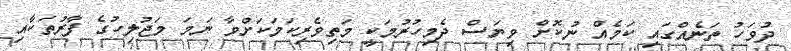
ދުވަހު ތަނެއްގައި ކަމެއް ނުކޮށް ވިޔަސް ދެމިހުރުމަކީ މަތިވެރިކަމަކަށްވާ ނަމަ މަޖުލިހުގެ ފާރުތަކާއި